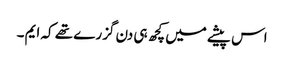
اس پیشے میں کچھ ہی دن گزرے تھے کہ ایم ۔